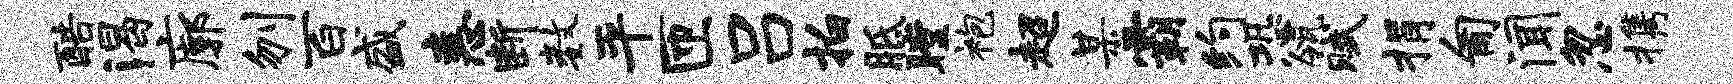
酷渴廓刎百盛恚断数平匝吕拍胝瞠袍超某霸约恐瓴赋捐匍闻忽携